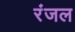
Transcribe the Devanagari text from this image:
रंजल